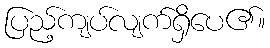
ပြည့်ကျပ်လျက်ရှိပေ၏။